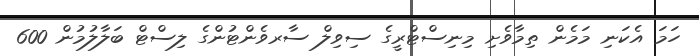
ހަމަ އެކަނި މަމެން ތިމާވެށި މިނިސްޓްރީގެ ސިވިލް ސާރވެންޓުންގެ ލިސްޓް ބަލާލުމުން 600